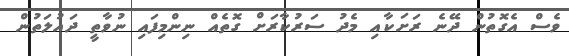
ވެސް އެގޮތުން ދޭނެ ރަށަކާއި މެދު ސަރުކާރަށް ގޮތެއް ނިންމިފައި ނުވާތީ ދައުލަތުން